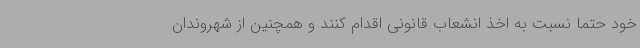
خود حتما نسبت به اخذ انشعاب قانونی اقدام کنند و همچنین از شهروندان